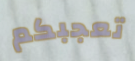
تعجبكم